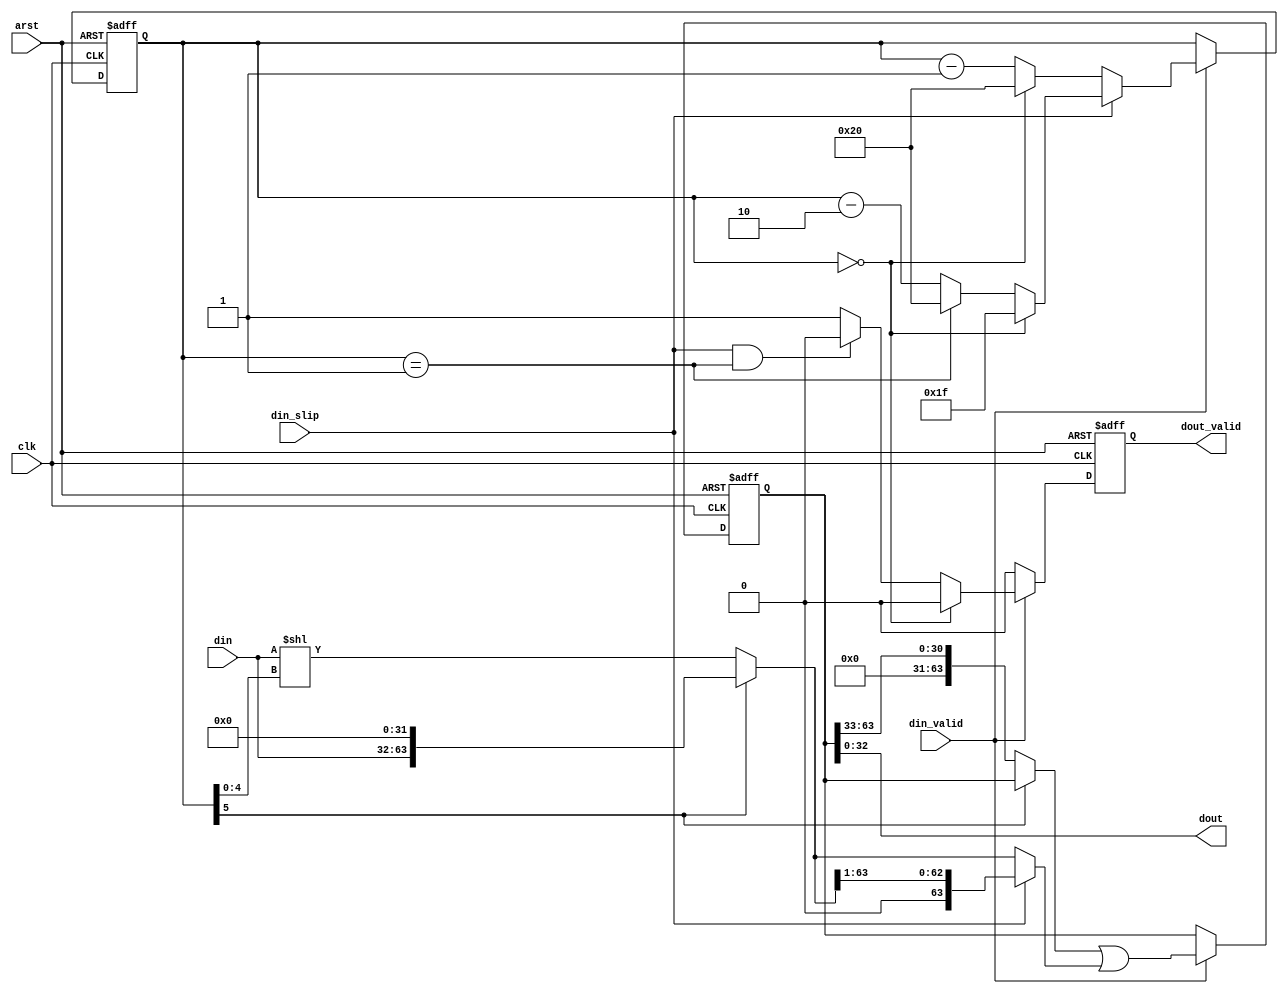
module gearbox_32_33 (
	input clk,arst,
	input [31:0] din,  // bit 0 is sent first
	input din_valid,
	input din_slip,		// drop bit 0 of the current din
	output [32:0] dout, // bit 0 is sent first
	output reg dout_valid
);

reg [63:0] storage;
reg [5:0] holding;

// make it explicit that holding will never be greater than 32
// to help synthesis with the shifter
wire [63:0] aligned_din = holding[5] ? 
				{din,32'b0} :
				(din << holding[4:0]);

always @(posedge clk or posedge arst) begin
	if (arst) begin
		holding <= 0;
		storage <= 0;
		dout_valid <= 1'b0;
	end
	else begin
		dout_valid <= 1'b0;
		if (din_valid) begin
			
			if (din_slip) begin
				// with 31 in and 33 out, holding decreases by 2, mod 33
				if (holding == 0) holding <= 6'd31;
				else if (holding == 1) holding <= 6'd32;
				else holding <= holding - 6'd2;
			end
			else begin
				// with 32 in and 33 out, holding decreases by 1, mod 33
				if (holding == 0) holding <= 6'd32;
				else holding <= holding - 6'd1;
			end
			
			// when you are holding 32 bits there is no output,
			// don't shift the storage, otherwise remove the low
			// order 33 bits.
			storage <= (holding[5] ? storage : (storage >> 6'd33)) |
						 (din_slip ? (aligned_din >> 1'b1) : aligned_din);		
						 
			// the output will be valid unless we are not holding any
			// bits at all.
			dout_valid <= (holding == 0) ? 1'b0 :
						 (din_slip && holding == 6'd1) ? 1'b0 :
						 1'b1;
		end
	end
end

assign dout = storage [32:0];

endmodule